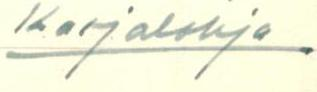
Karjalohja .